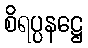
စိရပ္ပနဋ္ဌေ